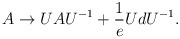
\begin{align*}A \rightarrow U A U^{-1} + \frac{1}{e} U dU^{-1}.\end{align*}